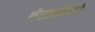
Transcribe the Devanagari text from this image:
बेसाहियो